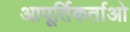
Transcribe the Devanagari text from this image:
आपूर्तिकर्ताओ